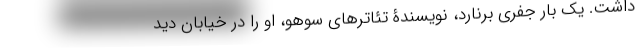
داشت. یک بار جفری برنارد، نویسندۀ تئاترهای سوهو، او را در خیابان دید